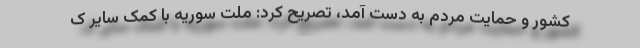
کشور و حمایت مردم به‌ دست آمد، تصریح کرد: ملت سوریه با کمک سایر ک